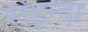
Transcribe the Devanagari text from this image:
राइन्दा